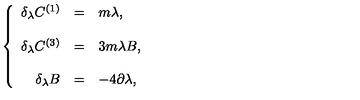
\left\{ \begin{array} { r c l } { \delta _ { \lambda } C ^ { ( 1 ) } } & { = } & { m \lambda , } \\ { } & { } & { } \\ { \delta _ { \lambda } C ^ { ( 3 ) } } & { = } & { 3 m \lambda B , } \\ { } & { } & { } \\ { \delta _ { \lambda } B } & { = } & { - 4 \partial \lambda , } \\ \end{array} \right.